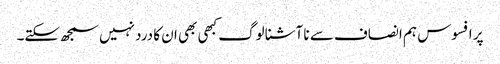
پر افسوس ہم انصاف سے نا آشنا لوگ کبھی بھی ان کا درد نہیں سمجھ سکتے۔